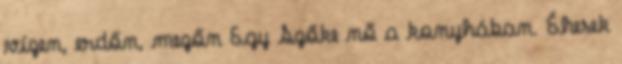
vízen, erdőn, mezőn Egy Szőke nő a konyhában. Éhesek